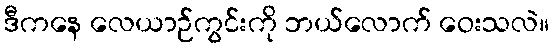
ဒီကနေ လေယာဉ်ကွင်းကို ဘယ်လောက် ဝေးသလဲ။